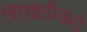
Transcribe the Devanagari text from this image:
शिखंडीकडे